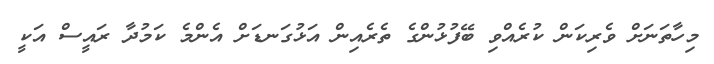
މިހާތަނަށް ވެރިކަން ކުރެއްވި ބޭފުޅުންގެ ތެރެއިން އަޅުގަނޑަށް އެންމެ ކަމުދާ ރައީސް އަކީ